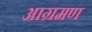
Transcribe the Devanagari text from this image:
आग्रमण